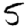
Digit: 5